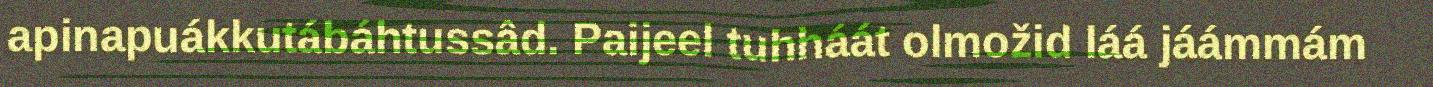
apinapuákkutábáhtussâd. Paijeel tuhháát olmožid láá jáámmám